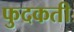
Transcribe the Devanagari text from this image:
फुदकती